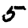
Digit: 5